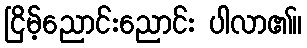
ငြိမ့်ညောင်းညောင်း ပါလာ၏။